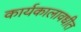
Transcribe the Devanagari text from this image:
कार्यकालावधीत